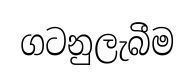
ගටනුලැබීම